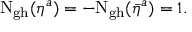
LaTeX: \mathrm { N _ { g h } } ( \eta ^ { a } ) = - \mathrm { \mathrm { N _ { g h } } } ( \bar { \eta } ^ { a } ) = 1 .